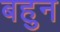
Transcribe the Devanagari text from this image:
बहुन